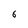
Character: 6